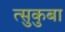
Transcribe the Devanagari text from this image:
त्सुकुबा